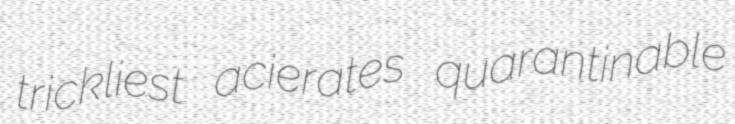
trickliest acierates quarantinable